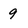
Character: 9